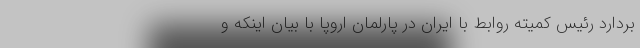
بردارد رئیس کمیته روابط با ایران در پارلمان اروپا با بیان اینکه و